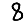
Digit: 8